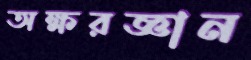
অক্ষরজ্ঞান